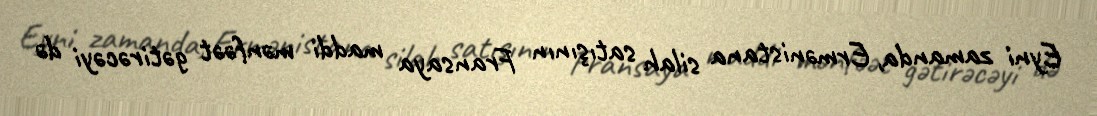
Eyni zamanda, Ermənistana silah satışının Fransaya maddi mənfəət gətirəcəyi də